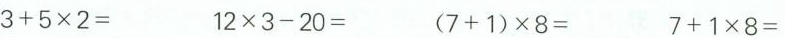
$$3 + 5 \times 2 =$$ $$1 2 \times 3 - 2 0 =$$ $$( 7 + 1 ) \times 8 =$$ $$7 + 1 \times 8 =$$